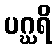
ပဂ္ဃရိ